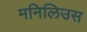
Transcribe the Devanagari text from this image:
मनिलिउस